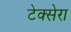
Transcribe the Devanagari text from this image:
टेक्सेरा